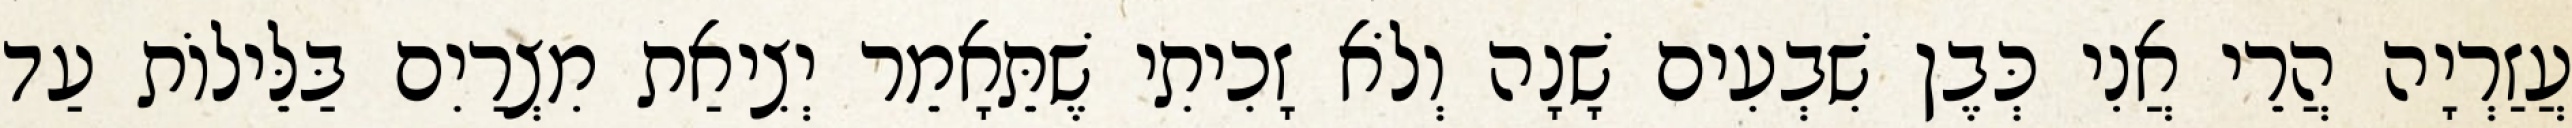
עֲזַרְיָה הֲרֵי אֲנִי כְּבֶן שִׁבְעִים שָׁנָה וְלֹא זָכִיתִי שֶׁתֵּאָמֵר יְצִיאַת מִצְרַיִם בַּלֵּילוֹת עַד